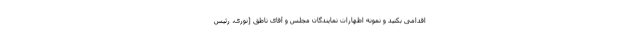
اقدامى بكنید و نمونه اظهارات نمایندگان مجلس و آقاى ناطق [نوری، رئیس